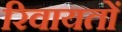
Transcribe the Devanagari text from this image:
रिवायतों